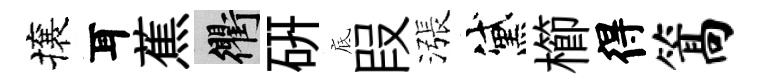
攘耳蕉衢硏底叚漲黛櫛得篙